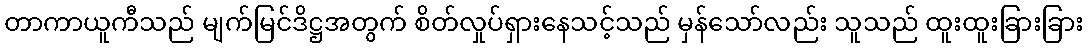
တာကာယူကီသည် မျက်မြင်ဒိဋ္ဌအတွက် စိတ်လှုပ်ရှားနေသင့်သည် မှန်သော်လည်း သူသည် ထူးထူးခြားခြား